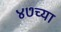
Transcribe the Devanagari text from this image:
४७च्या